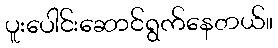
ပူးပေါင်းဆောင်ရွက်နေတယ်။